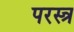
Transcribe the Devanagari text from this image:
परस्त्र